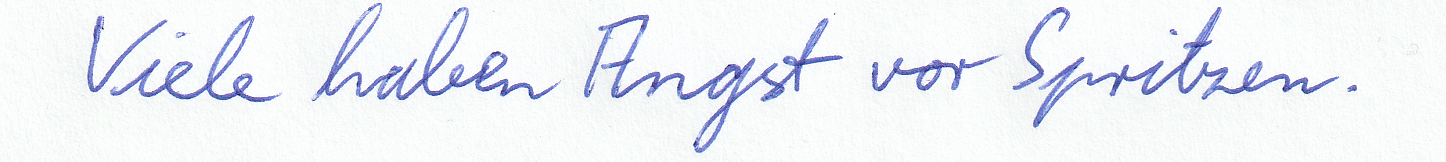
Viele haben Angst vor Spritzen.